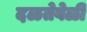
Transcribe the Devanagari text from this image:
दळतेवेळी